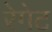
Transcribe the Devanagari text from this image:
रेगेट